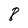
Character: 8